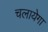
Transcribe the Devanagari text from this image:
चलायेगा